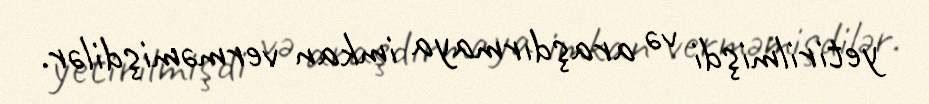
yetirilmişdi və araşdırmaya imkan verməmişdilər.